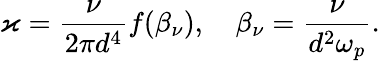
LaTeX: \varkappa=\frac{\nu}{2\pi d^{4}}f(\beta_{\nu}),\quad\beta_{\nu}=\frac{\nu}{d^{2}\omega_{p}}.